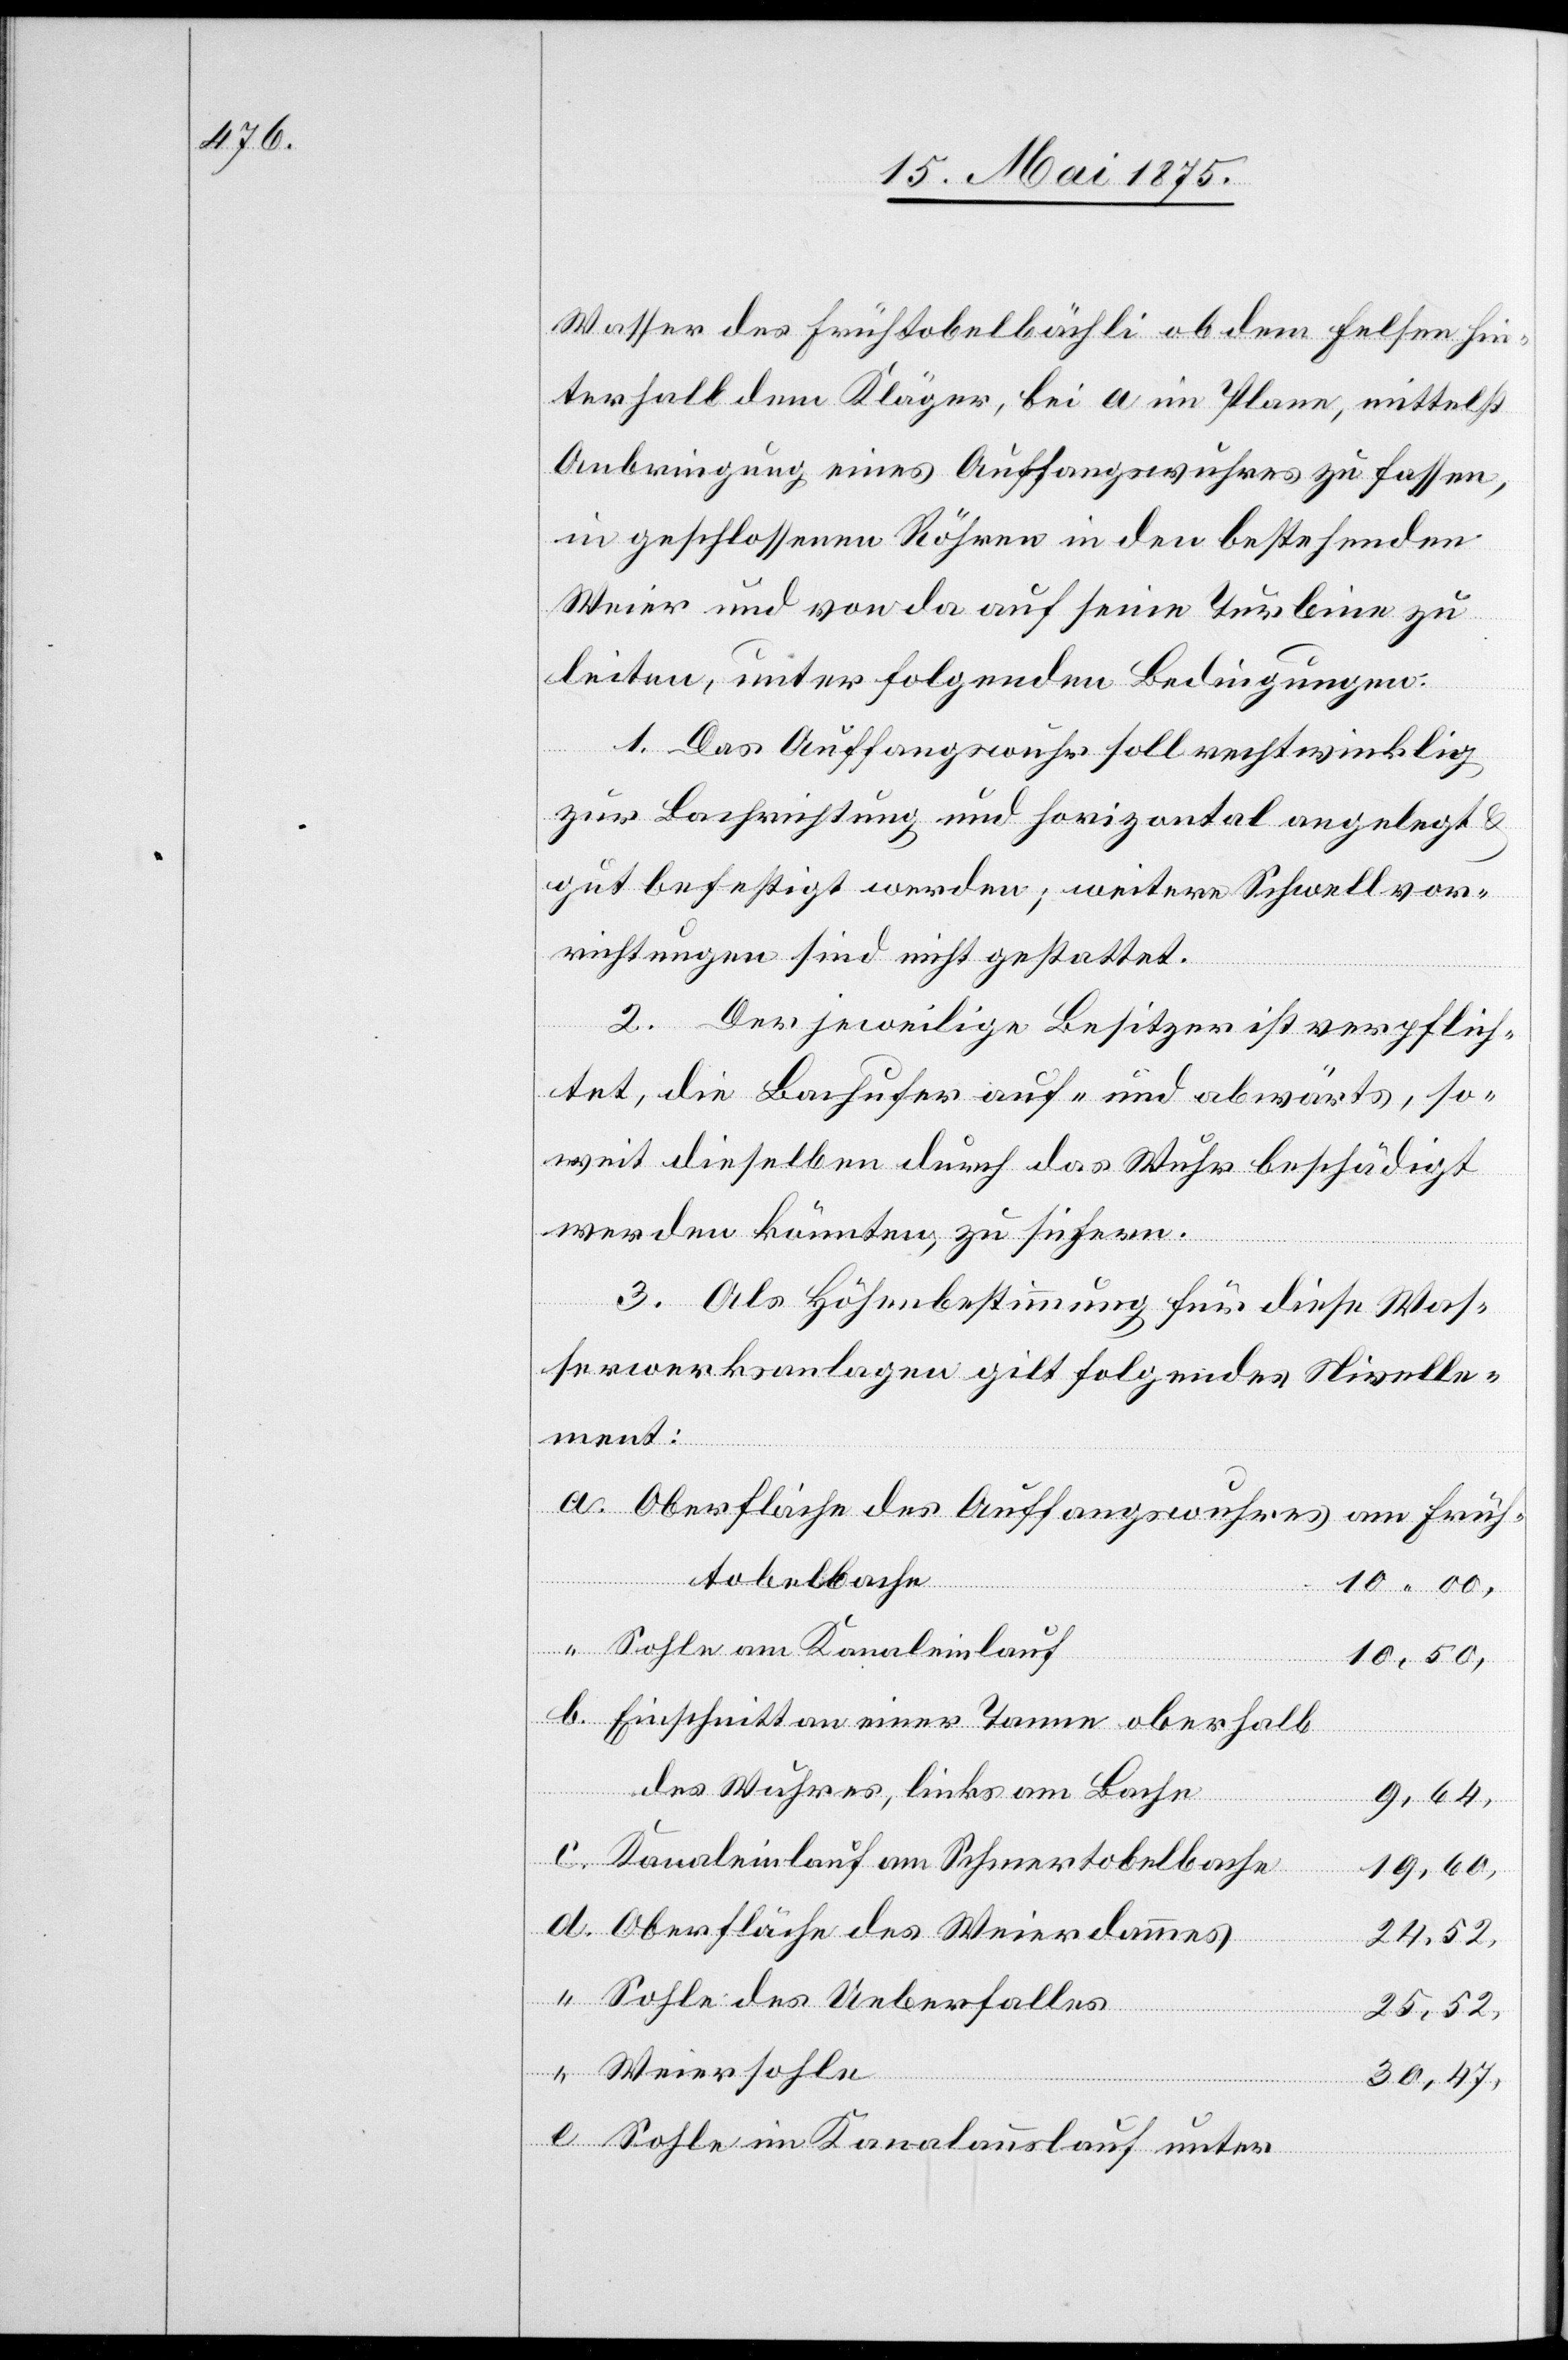
Wasser des Frühtobelbächli ab dem Felsen hin¬
terhalb dem Kläger, bei a im Plane, mittelst
Anbringung eines Auffangswuhres zu fassen,
in geschlossenen Röhren in den bestehenden
Weier und von da auf seine Turbine zu
leiten, unter folgenden Bedingungen:
1. Das Auffangswuhr soll rechtwinklig
zur Bachrichtung und horizontal angelegt
gut befestigt werden, weitere Schwellvor¬
richtungen sind nicht gestattet.
2. Der jeweilige Besitzer ist verpflich¬
tet, die Bachufer auf- und abwärts, so¬
weit dieselben durch das Wuhr beschädigt
werden könnten zu sichern.
3. Als Höhenbestimmung für diese Was¬
serwerksanlage gilt folgendes Nivelle¬
ment:
Oberfläche des Auffangswuhres am Früh¬
e.
tobelbache
10,00,
Sohle am Kanaleinlauf
10,50,
Einschnitt an einer Tanne oberhalb
den
des Wuhres, links am Bache
9,64,
Kanaleinlauf am Schmertobelbache
19.60,
Oberfläche des Weierdammes
24,52,
Sohle des Ueberfalles
25,52,
Weiersohle
30,47,
Sohle im Kanalauslauf unter